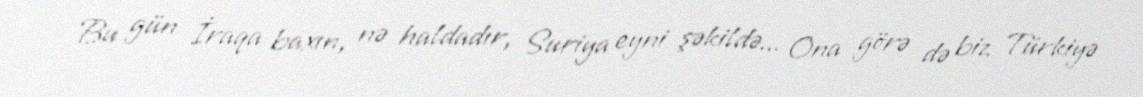
Bu gün İraqa baxın, nə haldadır, Suriya eyni şəkildə... Ona görə də biz Türkiyə